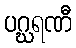
ပဂ္ဃရဏီ